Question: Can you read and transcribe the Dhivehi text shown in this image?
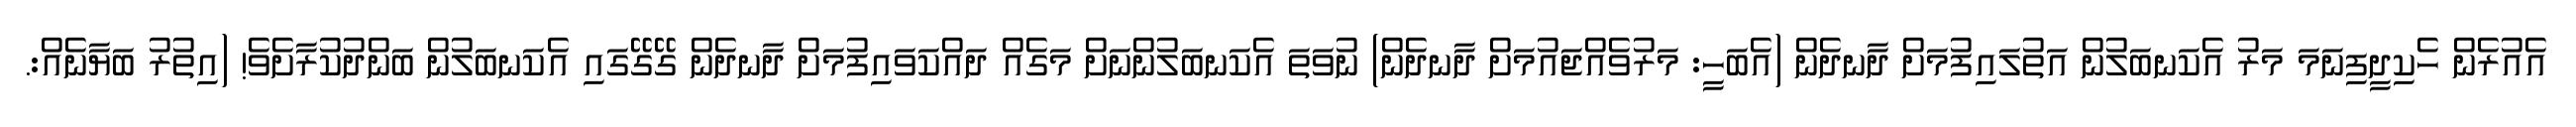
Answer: އެއުރެން ހެކިދީފިނަމަ މަރު އެކަނބަލުން އަތުލައިފުމަށް ދާނދެން (އެބަހީ: މަރުވެއްޖައުމަށް ދާނދެން) ނުވަތަ އެކަނބަލުންނަށް މަގެއް ދައްކަވައިފުމަށް ދާނދެން ގޭގޭގައި އެކަނބަލުން ބަންދުކުރާށެވެ! (އިތުރު ބަޔާނެއް:.